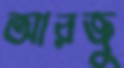
আরজু